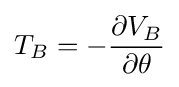
T_{B}=-{\partial V_{B} \over \partial \theta }